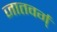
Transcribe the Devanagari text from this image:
जातवर्ग्